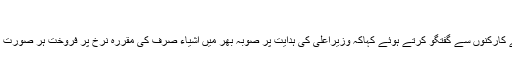
(خبر جاری ہے)
خواجہ عمران نذیر نے کارکنوں سے گفتگو کرتے ہوئے کہاکہ وزیراعلی کی ہدایت پر صوبہ بھر میں اشیاء صرف کی مقررہ نرخ پر فروخت ہر صورت یقینی بنائی جائے گی ۔